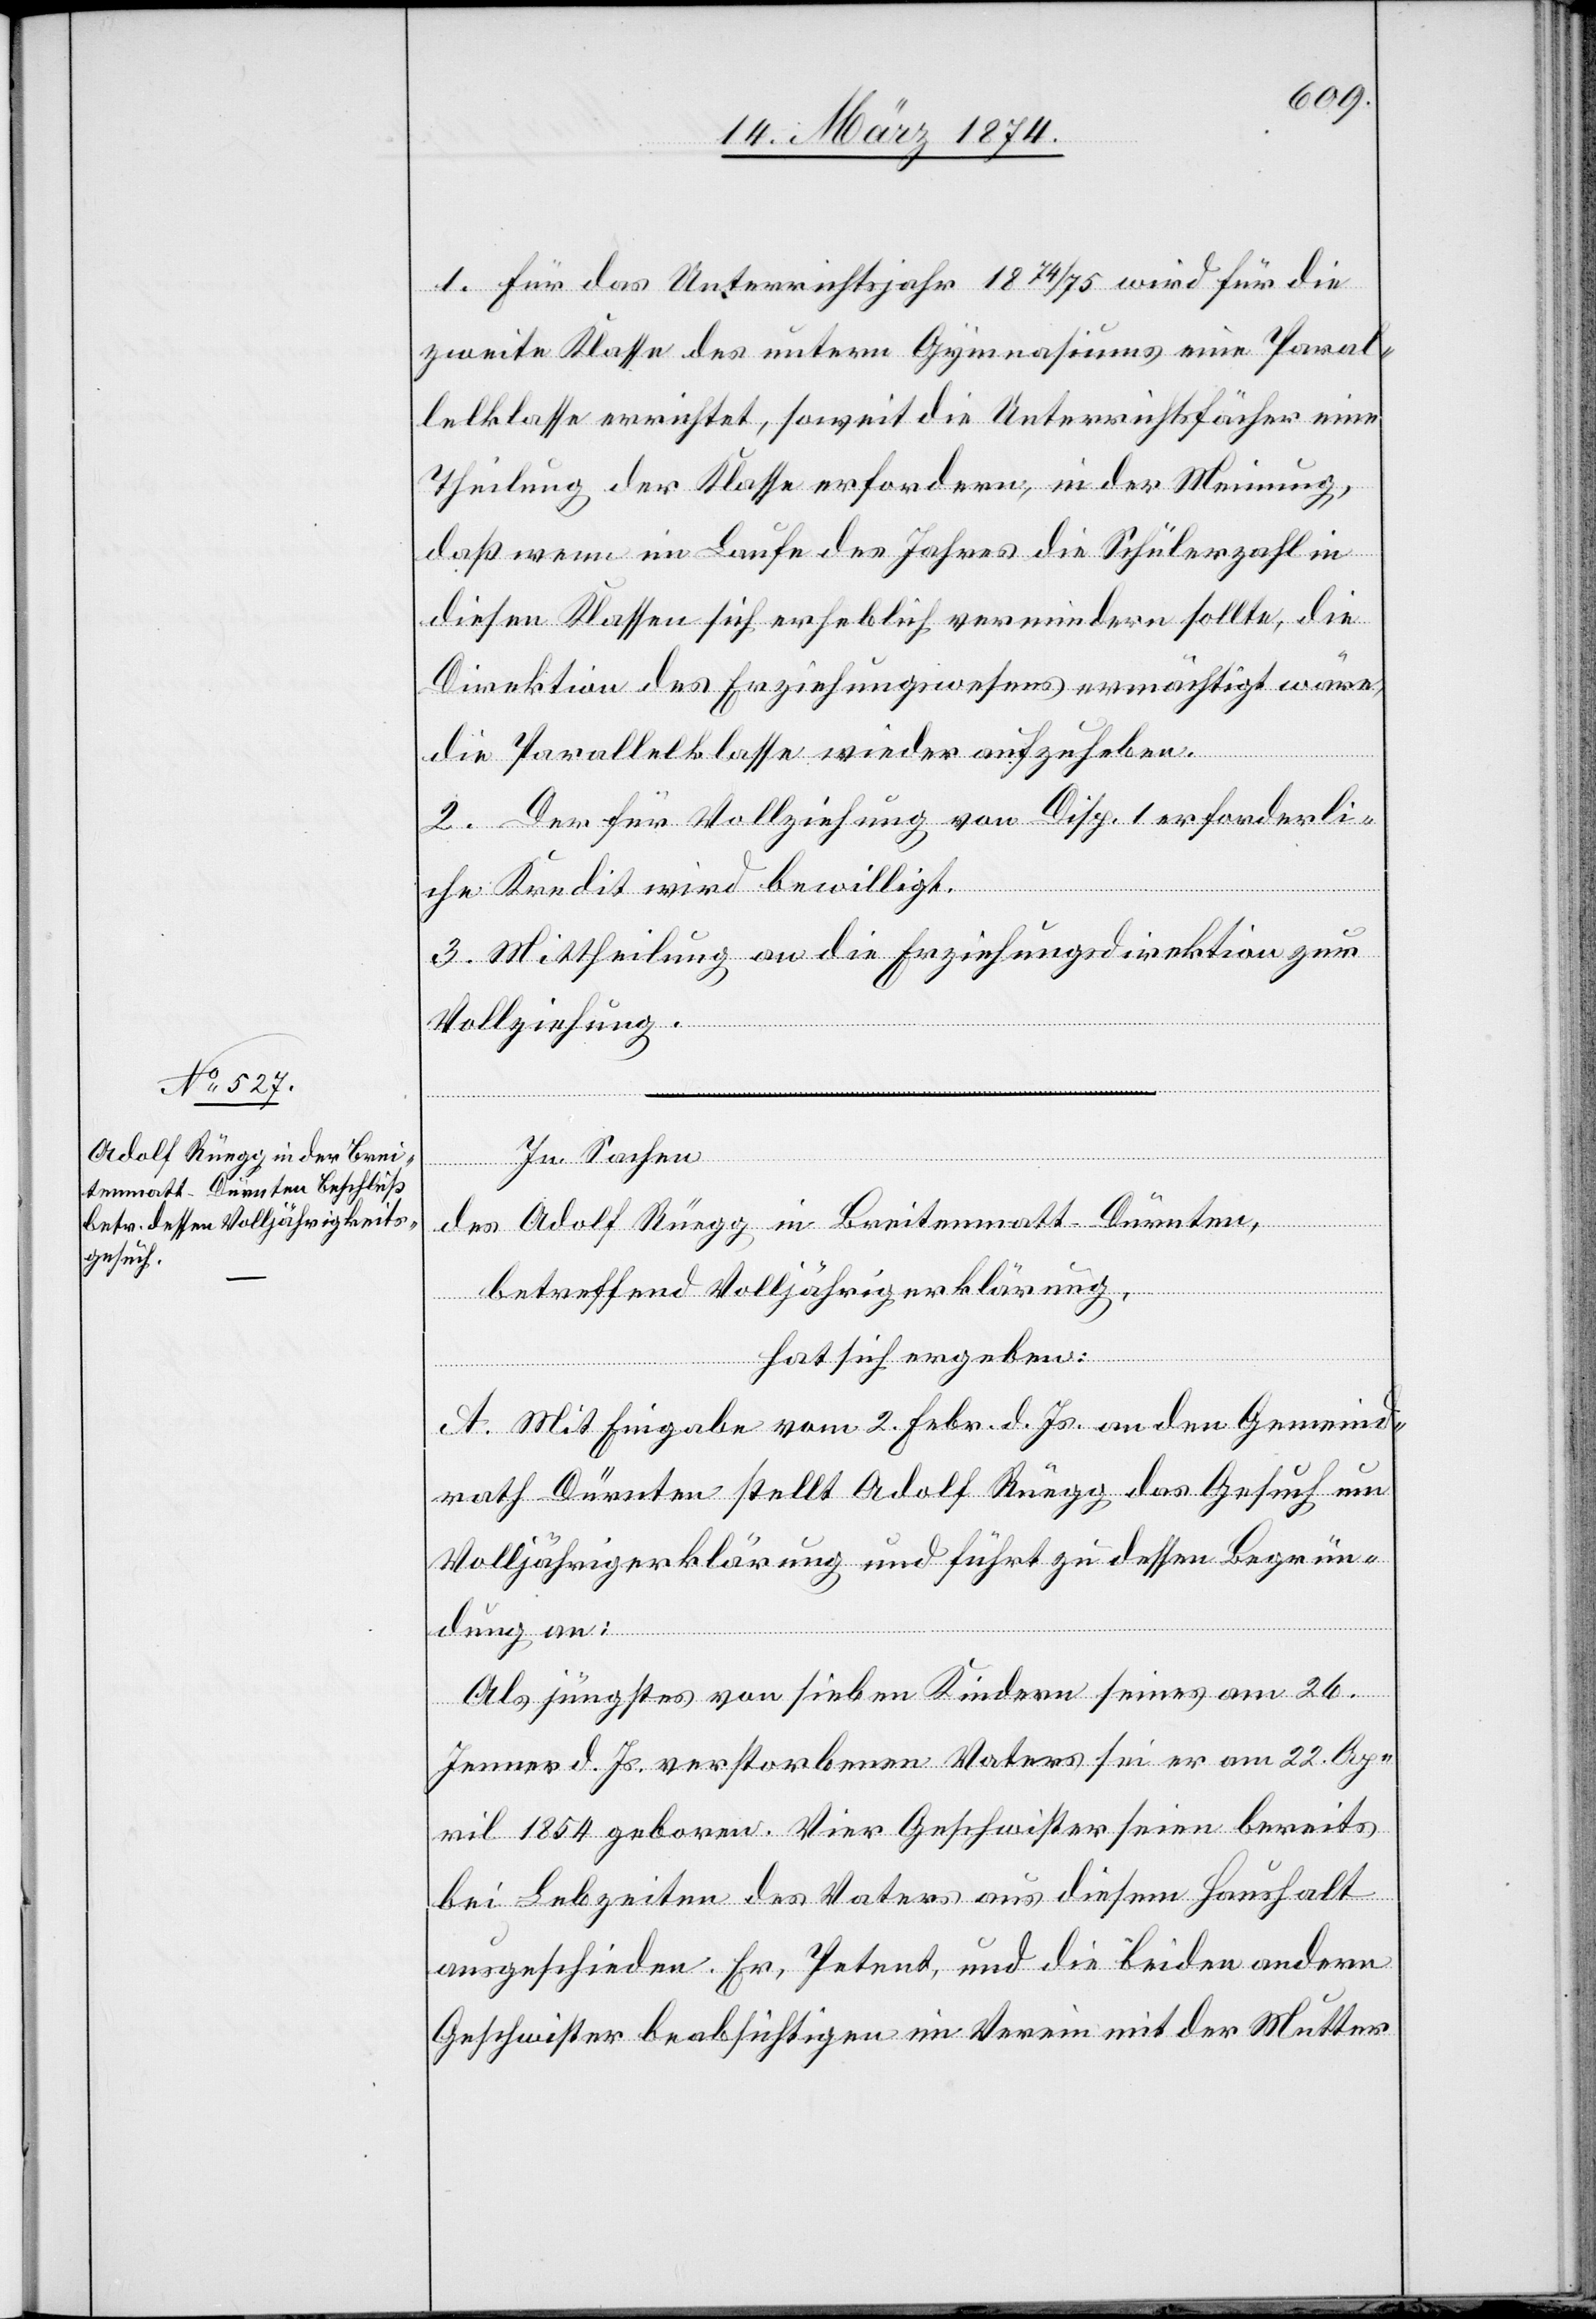
1. Für das Unterrichtsjahr 1874/75 wird für die
zweite Klasse des untern Gymnasiums eine Paral¬
lelklasse errichtet, soweit die Unterrichtsfächer eine
Theilung der Klasse erfordern, in der Meinung,
daß wenn im Laufe des Jahres die Schülerzahl in
diesen Klassen sich erheblich vermindern sollte, die
Direktion des Erziehungswesens ermächtigt wäre,
die Parallelklasse wieder aufzuheben.
2. Der für Vollziehung von Disp. 1 erforderli¬
che Kredit wird bewilligt.
3. Mittheilung an die Erziehungsdirektion zur
Vollziehung.
in Sachen
des Adolf Rüegg in Breitenmatt-Dürnten,
betreffend Volljährigerklärung,
hat sich ergeben:
A. Mit Eingabe vom 2. Febr. d. Js. an den Gemeind¬
rath Dürnten stellt Adolf Rüegg das Gesuch um
Volljährigerklärung und führt zu dessen Begrün¬
dung an:
Als jüngstes von sieben Kindern seines am 26.
Jenner d. Js. verstorbenen Vaters sei er am 22. Ap¬
ril 1854 geboren. Vier Geschwister seien bereits
bei Lebzeiten des Vaters aus diesem Haushalt
ausgeschieden. Er, Petent, und die beiden andern
Geschwister beabsichtigen im Verein mit der Mutter